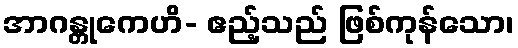
အာဂန္တုကေဟိ- ဧည့်သည် ဖြစ်ကုန်သော၊